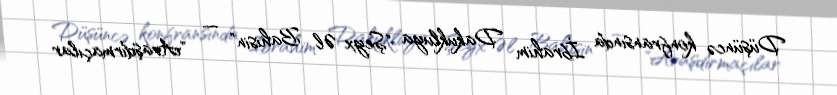
Düşüncə konfransında İbrahim Dakukluya "Şeyx Əl Bahisin" — "Araşdırmaçılar